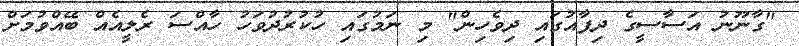
"ގާނޫނު އަސާސީގެ ދިފާއުގައި ދިވެހިން" މި ނަމުގައި ހުކުރުދުވަހު ހާއްސަ ރެލީއެއް ބޭއްވުމަށް